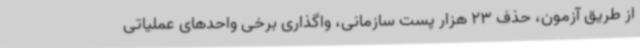
از طریق آزمون، حذف 23 هزار پست سازمانی، واگذاری برخی واحدهای عملیاتی